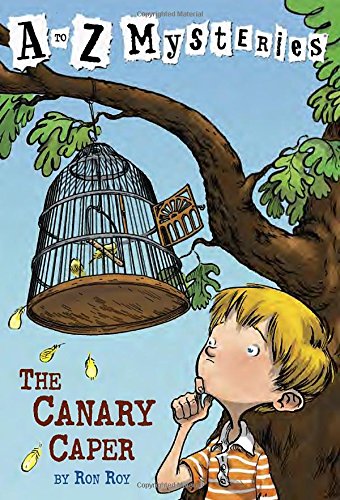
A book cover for The Canary Caper (A to Z Mysteries); Ron Roy; Children's Books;